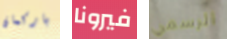
باركمان فيرونا الرسمي